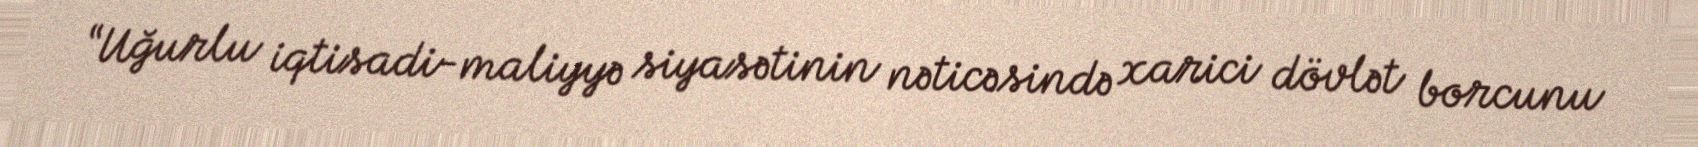
“Uğurlu iqtisadi-maliyyə siyasətinin nəticəsində xarici dövlət borcunu